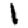
Digit: 1